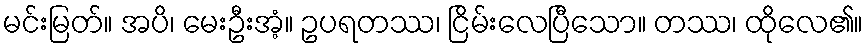
မင်းမြတ်။ အပိ၊ မေးဦးအံ့။ ဥပရတဿ၊ ငြိမ်းလေပြီသော။ တဿ၊ ထိုလေ၏။